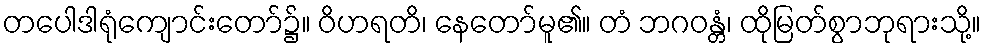
တပေါဒါရုံကျောင်းတော်၌။ ဝိဟရတိ၊ နေတော်မူ၏။ တံ ဘဂဝန္တံ၊ ထိုမြတ်စွာဘုရားသို့။